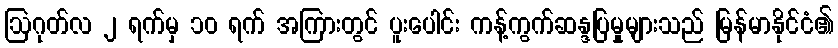
ဩဂုတ်လ ၂ ရက်မှ ၁၀ ရက် အကြားတွင် ပူးပေါင်း ကန့်ကွက်ဆန္ဒပြမှုများသည် မြန်မာနိုင်ငံ၏